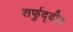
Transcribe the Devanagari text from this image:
शर्फुद्दीन